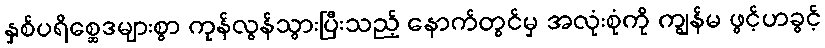
နှစ်ပရိစ္ဆေဒများစွာ ကုန်လွန်သွားပြီးသည့် နောက်တွင်မှ အလုံးစုံကို ကျွန်မ ဖွင့်ဟခွင့်